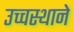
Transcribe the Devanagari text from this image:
उच्चस्थाने